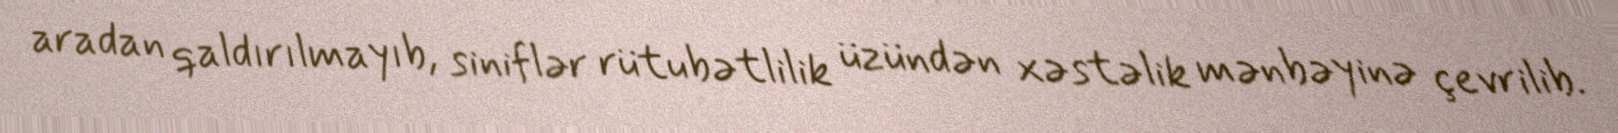
aradan qaldırılmayıb, siniflər rütubətlilik üzündən xəstəlik mənbəyinə çevrilib.